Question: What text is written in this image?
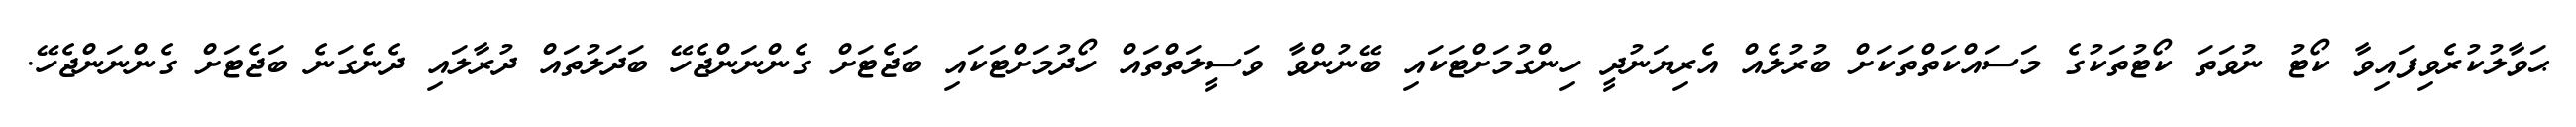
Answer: ޙަވާލުކުރެވިފައިވާ ކޯޓު ނުވަތަ ކޯޓުތަކުގެ މަސައްކަތްތަކަށް ބުރުލެއް އެރިޔަނުދީ ހިންގުމަށްޓަކައި ބޭނުންވާ ވަސީލަތްތައް ހޯދުމަށްޓަކައި ބަޖެޓަށް ގެންނަންޖެހޭ ބަދަލުތައް ދުރާލައި ދެނެގަނެ ބަޖެޓަށް ގެންނަންޖެހޭ.